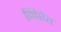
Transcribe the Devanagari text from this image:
निरेत